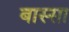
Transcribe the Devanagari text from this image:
बास्सा